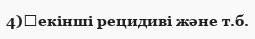
4)	екінші рецидиві және т.б.